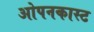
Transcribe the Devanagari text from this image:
ओपनकास्ट